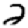
Digit: 2